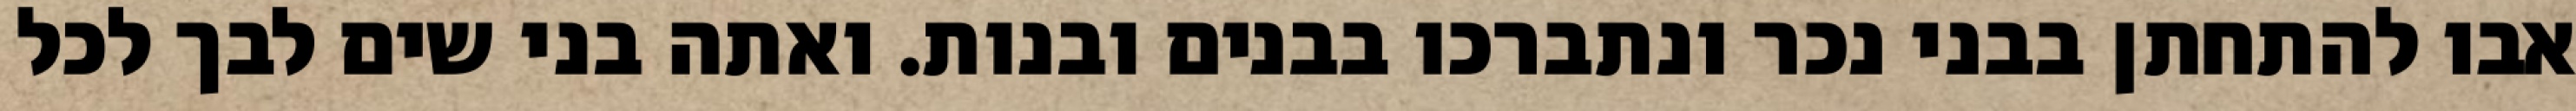
אבו להתחתן בבני נכר ונתברכו בבנים ובנות. ואתה בני שים לבך לכל